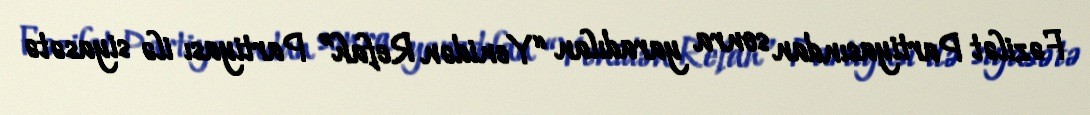
Fəzilət Partiyasından sonra yaradılan “Yenidən Refah” Partiyası ilə siyasətə